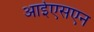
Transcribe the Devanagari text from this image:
आईएसएन